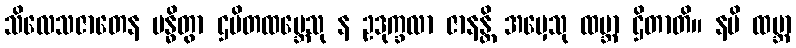
သိလေသဇာတေန ဗန္ဓိတွာ ဌပိတထမ္ဘေသု န ဥဒုက္ခလာ ဇာနန္တိ အမှေသု ထမ္ဘာ ဌိတာတိ။ နပိ ထမ္ဘာ